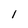
Character: l